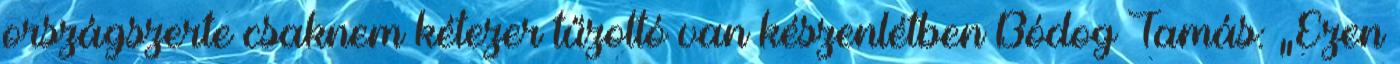
országszerte csaknem kétezer tűzoltó van készenlétben Bódog Tamás: „Ezen